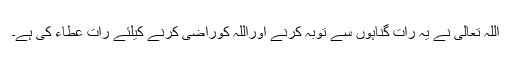
اللہ تعالیٰ نے یہ رات گناہوں سے توبہ کرنے اوراللہ کوراضی کرنے کیلئے رات عطاء کی ہے۔